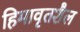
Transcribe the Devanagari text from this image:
हिमावृतशैल